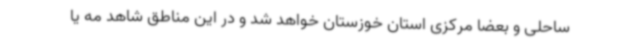
ساحلی و بعضا مرکزی استان خوزستان خواهد شد و در این مناطق شاهد مه یا